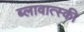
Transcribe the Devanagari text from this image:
ब्लावात्स्की